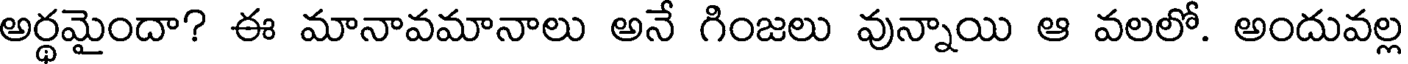
అర్థమైందా? ఈ మానావమానాలు అనే గింజలు వున్నాయి ఆ వలలో. అందువల్ల